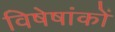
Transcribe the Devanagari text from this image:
विषेषांकों